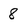
Character: 8